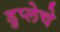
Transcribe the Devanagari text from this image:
डुप्लेचे